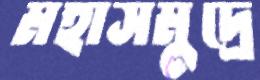
মহাসমুদ্রে